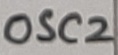
Text: OSC2